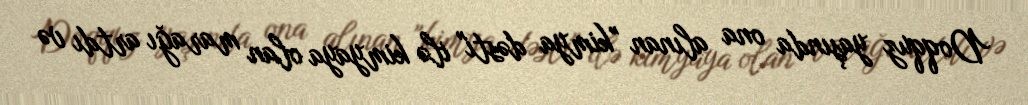
Doqquz yaşında ona alınan "kimya dəsti" ilə kimyaya olan marağı artdı və